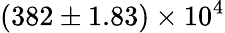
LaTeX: (382\pm 1.83)\times 10^{4}